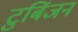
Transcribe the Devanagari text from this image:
टुबिंजन